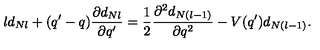
l d _ { N l } + ( q ^ { \prime } - q ) \frac { \partial d _ { N l } } { \partial q ^ { \prime } } = \frac { 1 } { 2 } \frac { \partial ^ { 2 } d _ { N ( l - 1 ) } } { \partial q ^ { 2 } } - V ( q ^ { \prime } ) d _ { N ( l - 1 ) } .